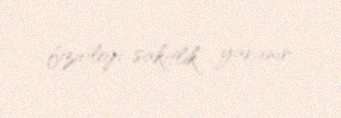
fizioloji sakitlik yaranır.